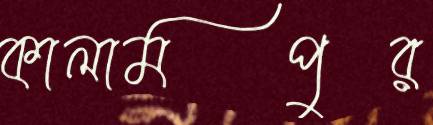
কালামপুর